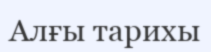
Алғы тарихы